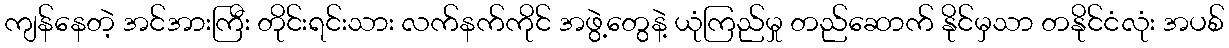
ကျန်နေတဲ့ အင်အားကြီး တိုင်းရင်းသား လက်နက်ကိုင် အဖွဲ့တွေနဲ့ ယုံကြည်မှု တည်ဆောက် နိုင်မှသာ တနိုင်ငံလုံး အပစ်